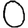
Digit: 0